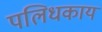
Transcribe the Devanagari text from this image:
पलिधकाय